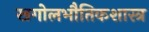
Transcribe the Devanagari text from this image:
खगोलभौतिकशास्त्र